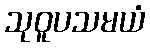
သုဝူပသမယံ